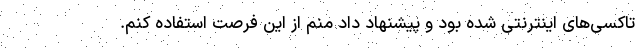
تاکسی‌های اینترنتی شده بود و پیشنهاد داد منم از این فرصت استفاده کنم.